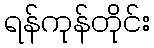
ရန်ကုန်တိုင်း